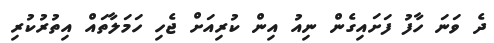
ދެ ވަނަ ހާފު ފަށައިގެން ނިއު އިން ކުރިއަށް ޖެހި ހަމަލާތައް އިތުރުކުރި